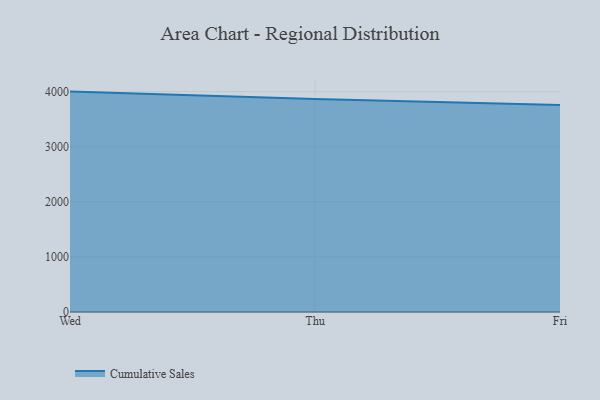
{"axis": {"x": "Day", "y": "Shipments"}, "legend": ["Cumulative Sales"], "data": [{"x": "Wed", "y": 4000.6, "type": "Cumulative Sales"}, {"x": "Thu", "y": 3867.0, "type": "Cumulative Sales"}, {"x": "Fri", "y": 3756.8, "type": "Cumulative Sales"}]}